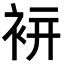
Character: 𧙒